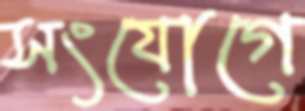
সংযোগে